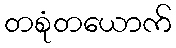
တစုံတယောက်